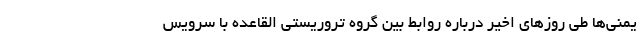
یمنی‌ها طی روزهای اخیر درباره روابط بین گروه تروریستی القاعده با سرویس